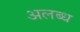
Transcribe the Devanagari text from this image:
अलब्ध